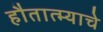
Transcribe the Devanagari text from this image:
हौतात्म्याचे